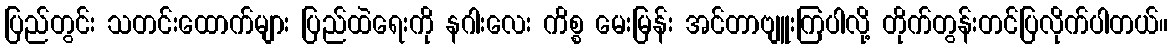
ပြည်တွင်း သတင်းထောက်များ ပြည်ထဲရေးကို နဂါးလေး ကိစ္စ မေးမြန်း အင်တာဗျူးကြပါလို့ တိုက်တွန်းတင်ပြလိုက်ပါတယ်။